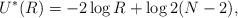
LaTeX: \begin{align*}U^*(R)=-2\log R+\log 2(N-2),\end{align*}